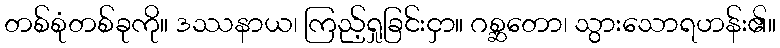
တစ်စုံတစ်ခုကို။ ဒဿနာယ၊ ကြည့်ရှုခြင်းငှာ။ ဂစ္ဆတော၊ သွားသောရဟန်း၏။